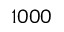
1 0 0 0